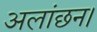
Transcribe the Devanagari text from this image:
अलांछन।